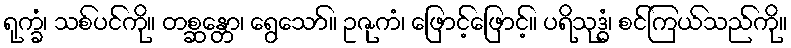
ရုက္ခံ၊ သစ်ပင်ကို။ တစ္ဆန္တော၊ ရွေသော်။ ဥဇုကံ၊ ဖြောင့်ဖြောင့်။ ပရိသုဒ္ဓံ၊ စင်ကြယ်သည်ကို။